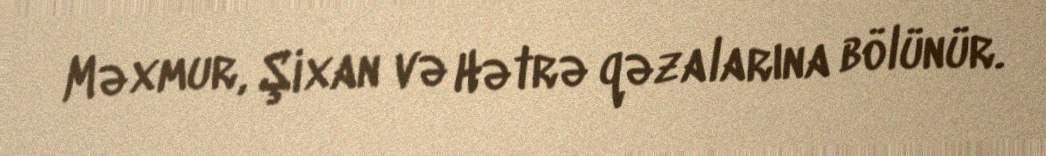
Məxmur, Şixan və Hətrə qəzalarına bölünür.